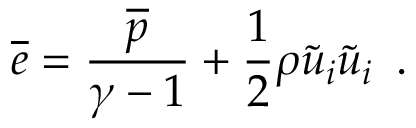
\overline { { e } } = \frac { \overline { { p } } } { \gamma - 1 } + \frac { 1 } { 2 } \rho \widetilde { u } _ { i } \widetilde { u } _ { i } \, \mathrm { ~ . ~ }